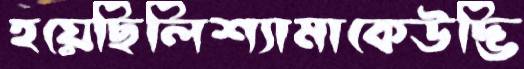
হয়েছিলিশ্যামাকেউদ্ভি